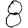
Digit: 8